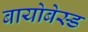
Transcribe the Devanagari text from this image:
बायोबेस्ड